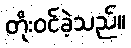
တိုးဝင်ခဲ့သည်။